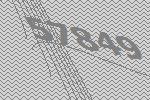
57849